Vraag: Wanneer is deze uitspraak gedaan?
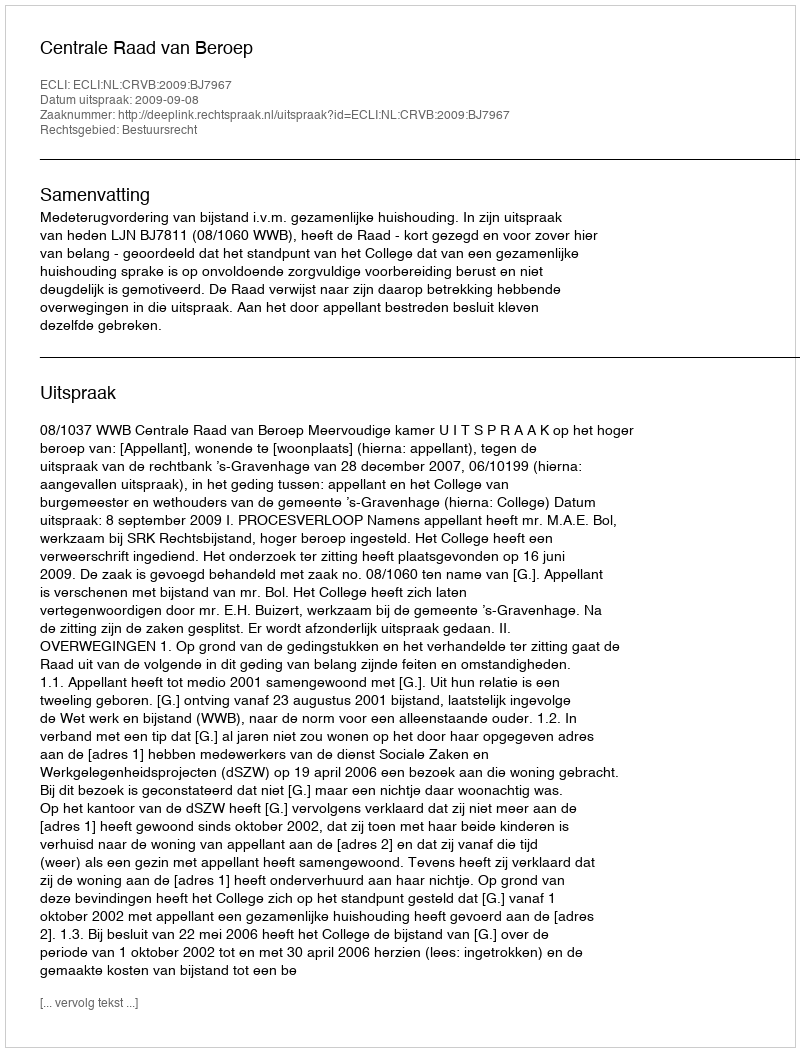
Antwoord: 2009-09-08